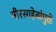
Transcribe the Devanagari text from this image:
मीरसाहेबांमुळे